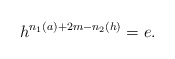
\begin{align*} h^{n_1(a)+2m-n_2(h)}=e. \end{align*}